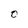
Character: 0